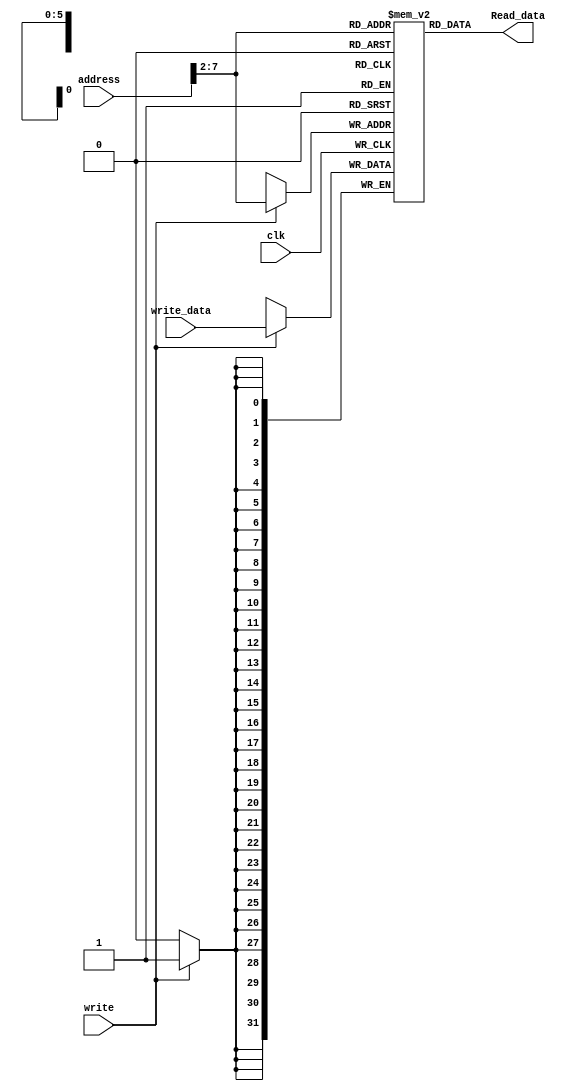
module data_memory(input          clk, write,
            input   [31:0] address, write_data,
            output  [31:0] Read_data);

// **PUT YOUR CODE HERE**
  reg [31:0] RAM[63:0];
  
  assign Read_data = RAM[address[31:2]]; //word aligned
  
  always @(posedge clk) begin
    if (write) RAM[address[31:2]] <= write_data;
  end
endmodule


// Instruction memory (already implemented)
module inst_memory(input   [31:0]  address,
            output  [31:0] Read_data);

  reg [31:0] RAM[63:0];

  initial
    begin
      $readmemh("richfile.dat",RAM); // initialize memory with test program. Change this with memfile2.dat for the modified code
    end

  assign Read_data = RAM[address[31:2]]; // word aligned
endmodule